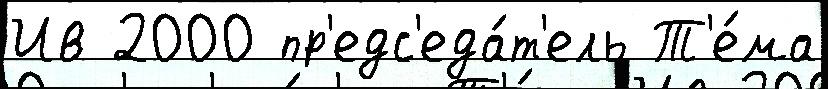
Ив 2000 пр'едс'еда́т'ель Т'е́ма